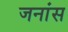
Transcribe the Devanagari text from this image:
जनांस